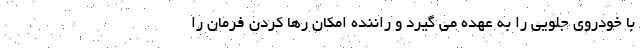
با خودروی جلویی را به عهده می گیرد و راننده امکان رها کردن فرمان را